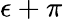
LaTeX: \epsilon+\pi